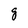
Character: g